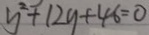
y ^ { 2 } + 1 2 y + 4 6 = 0